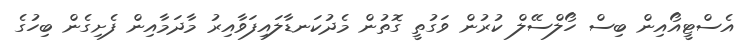
އެސްޓީއޯއިން ބިސް ހޯލްސޭލް ކުރުން ވަގުތީ ގޮތުން މެދުކަނޑާލައިފަވާއިރު މާދަމާއިން ފެށިގެން ބިހުގެ